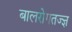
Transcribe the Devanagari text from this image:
बालरोगतज्‍ज्ञ